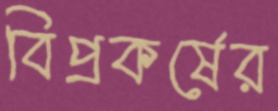
বিপ্রকর্ষের